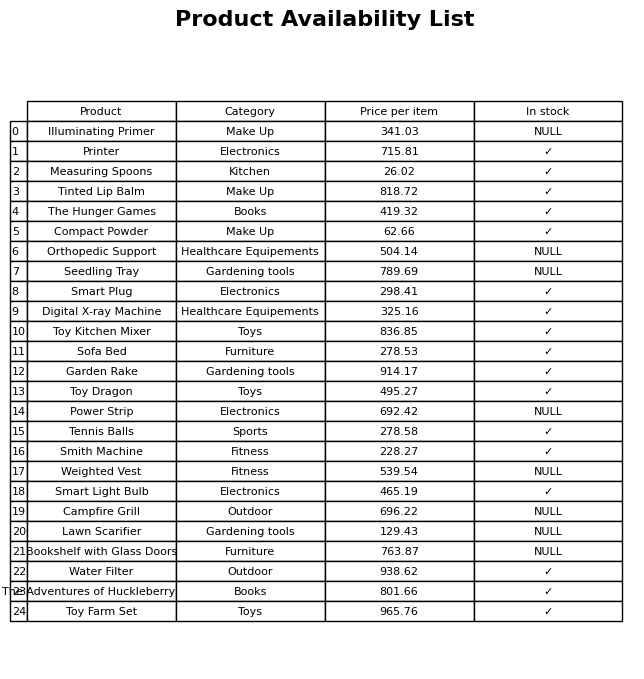
question: What is the price of the Seedling Tray?
answer: The price of Seedling Tray is 789.69.